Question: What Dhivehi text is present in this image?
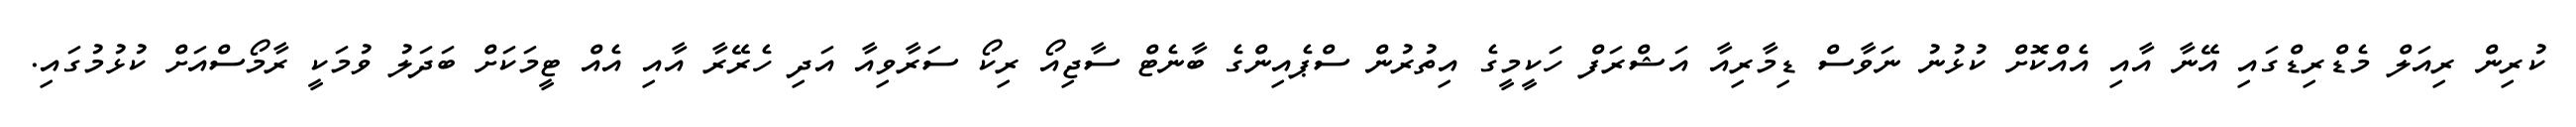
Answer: ކުރިން ރިއަލް މެޑްރިޑްގައި އޭނާ އާއި އެއްކޮށް ކުޅުނު ނަވާސް ޑިމާރިއާ އަޝްރަފް ހަކީމީގެ އިތުރުން ސްޕެއިންގެ ބާނެޓް ސާޖިއޯ ރިކޯ ސަރާވިއާ އަދި ހެރޭރާ އާއި އެއް ޓީމަކަށް ބަދަލު ވުމަކީ ރާމޯސްއަށް ކުޅުމުގައި.